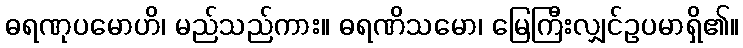
ဓရဏုပမောဟိ၊ မည်သည်ကား။ ဓရဏိသမော၊ မြေကြီးလျှင်ဥပမာရှိ၏။